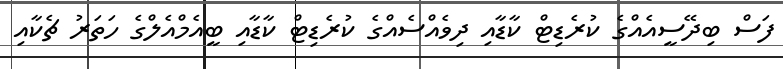
ފަސް ބިދޭސީއެއްގެ ކުރެޑިޓް ކާޑާއި ދިވެއްސެއްގެ ކުރެޑިޓް ކާޑާއި ބީއެމްއެލްގެ ހަތަރު ޗެކާއި